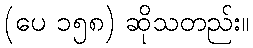
(ပေ ၁၅၈) ဆိုသတည်း။